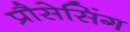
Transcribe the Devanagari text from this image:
प्रौसेसिंग